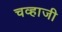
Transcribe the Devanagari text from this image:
चव्हाजी